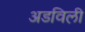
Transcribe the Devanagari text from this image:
अडविली